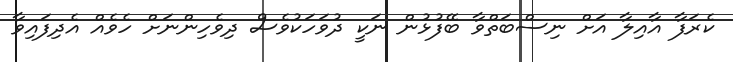
ކެރަފާ އާއިލާ އަށް ނިސްބަތްވާ ބޭފުޅުން ނަކީ ދުވަހަކުވެސް ދިވެހިންނަށް ހެވެއް އެދިފައިވާ